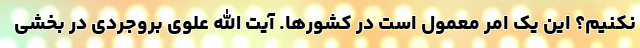
نکنیم؟ این یک امر معمول است در کشورها. آیت الله علوی بروجردی در بخشی